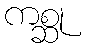
ကစ္ဆု